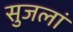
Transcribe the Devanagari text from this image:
सुजलां